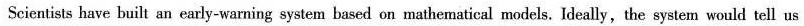
Scientists have built an early-warning system based on mathematical models. Ideally, the system would tell us